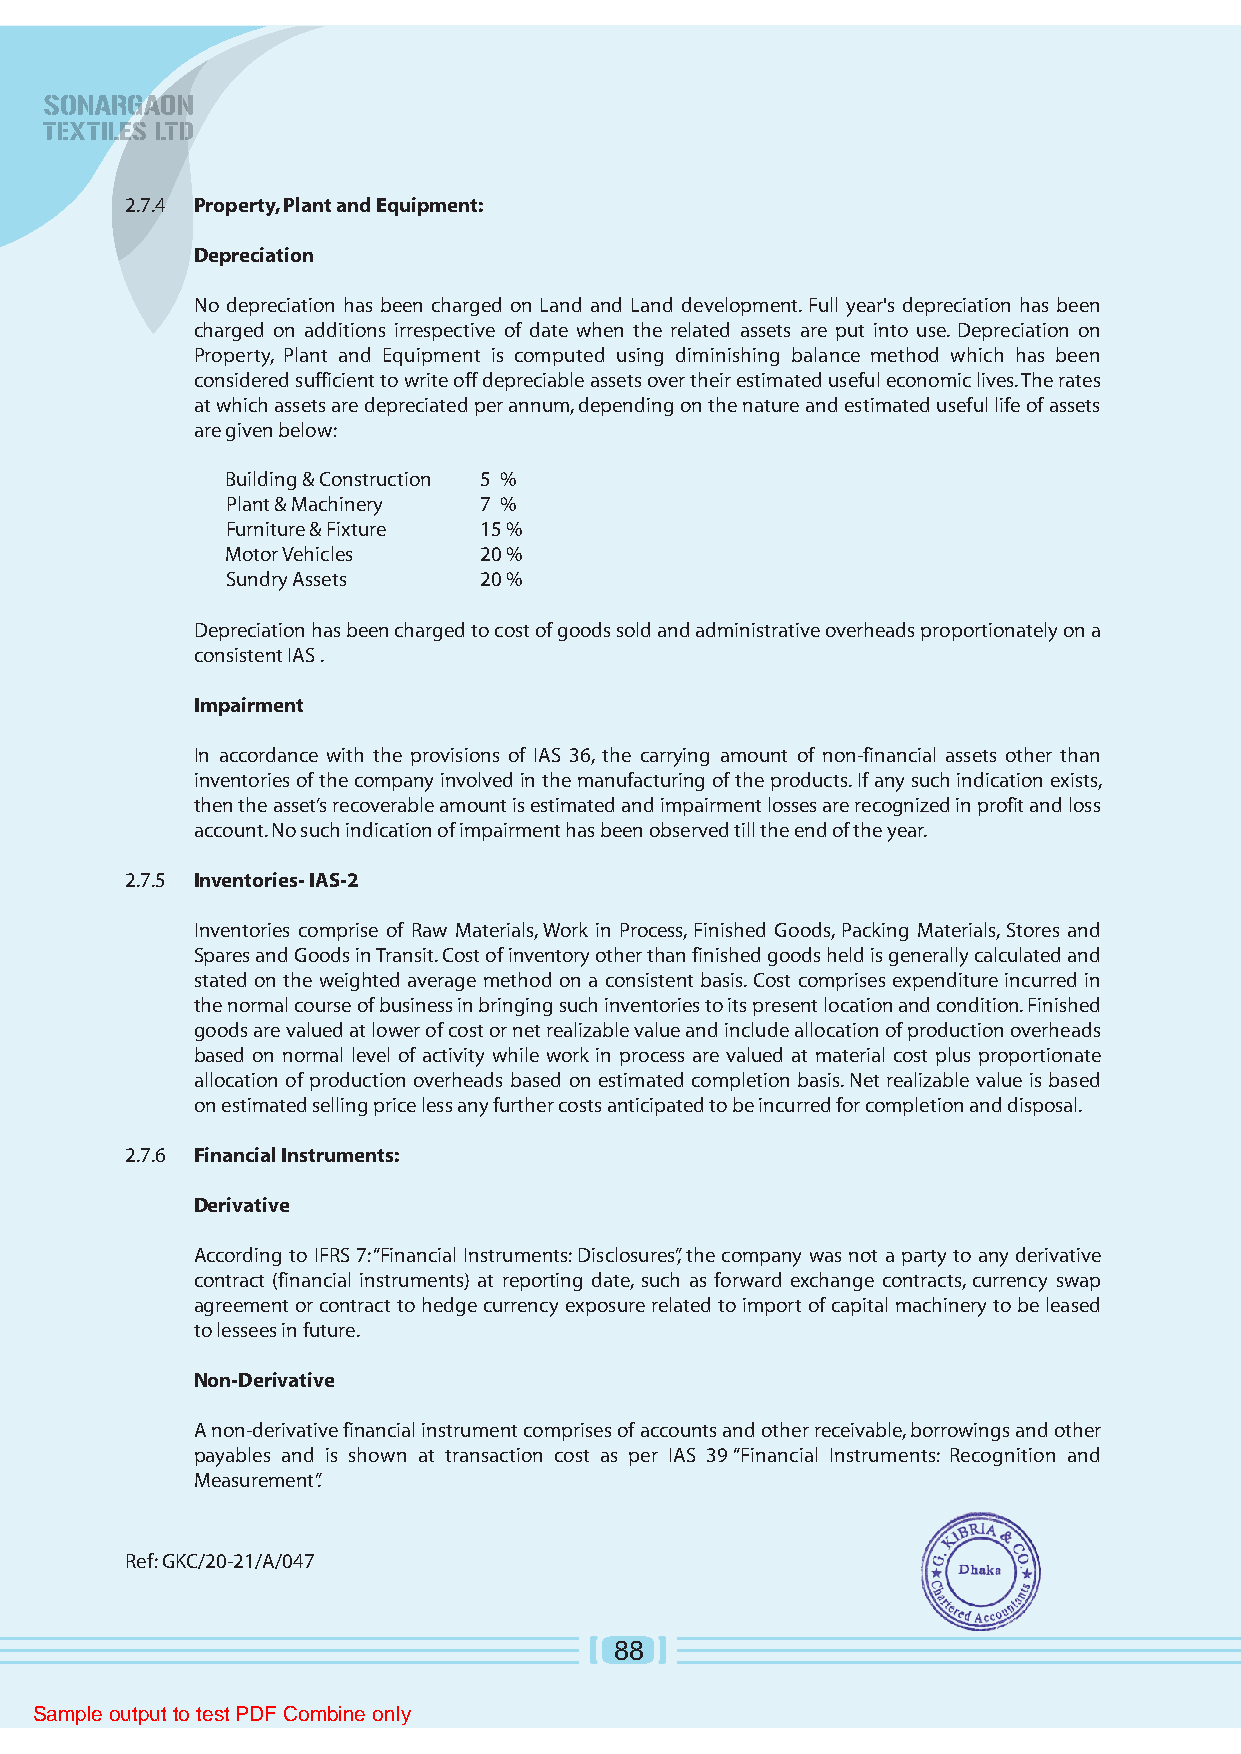
2.7.4 Property, Plant and Equipment:
 Depreciation
 No depreciation has been charged on Land and Land development. Full year's depreciation has been
 charged on additions irrespective of date when the related assets are put into use. Depreciation on
 Property, Plant and Equipment is computed using diminishing balance method which has been
 considered sufficient to write off depreciable assets over their estimated useful economic lives. The rates
 at which assets are depreciated per annum, depending on the nature and estimated useful life of assets
 are given below:
 Building & Construction 5 %
 Plant & Machinery 7 %
 Furniture & Fixture 15 %
 Motor Vehicles   20 %
 Sundry Assets    20 %
 Depreciation has been charged to cost of goods sold and administrative overheads proportionately on a
 consistent IAS .
 Impairment
 In accordance with the provisions of IAS 36, the carrying amount of non-financial assets other than
 inventories of the company involved in the manufacturing of the products. If any such indication exists,
 then the asset’s recoverable amount is estimated and impairment losses are recognized in profit and loss
 account. No such indication of impairment has been observed till the end of the year.
 2.7.5 Inventories- IAS-2
 Inventories comprise of Raw Materials, Work in Process, Finished Goods, Packing Materials, Stores and
 Spares and Goods in Transit. Cost of inventory other than finished goods held is generally calculated and
 stated on the weighted average method on a consistent basis. Cost comprises expenditure incurred in
 the normal course of business in bringing such inventories to its present location and condition. Finished
 goods are valued at lower of cost or net realizable value and include allocation of production overheads
 based on normal level of activity while work in process are valued at material cost plus proportionate
 allocation of production overheads based on estimated completion basis. Net realizable value is based
 on estimated selling price less any further costs anticipated to be incurred for completion and disposal.
 2.7.6 Financial Instruments:
 Derivative
 According to IFRS 7: “Financial Instruments: Disclosures”, the company was not a party to any derivative
 contract (financial instruments) at reporting date, such as forward exchange contracts, currency swap
 agreement or contract to hedge currency exposure related to import of capital machinery to be leased
 to lessees in future.
 Non-Derivative
 A non-derivative financial instrument comprises of accounts and other receivable, borrowings and other
 payables and is shown at transaction cost as per IAS 39 “Financial Instruments: Recognition and
 Measurement”.
 Ref: GKC/20-21/A/047
 88
 Sample output to test PDF Combine only